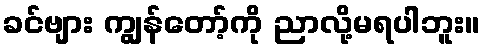
ခင်ဗျား ကျွန်တော့်ကို ညာလို့မရပါဘူး။